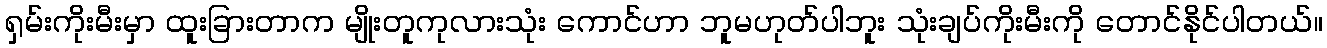
ရှမ်းကိုးမီးမှာ ထူးခြားတာက မျိုးတူကုလားသုံး ကောင်ဟာ ဘူမဟုတ်ပါဘူး သုံးချပ်ကိုးမီးကို တောင်နိုင်ပါတယ်။